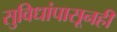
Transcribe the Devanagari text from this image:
सुविधांपासूनही